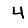
Digit: 4